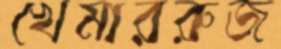
খেমাররুজ